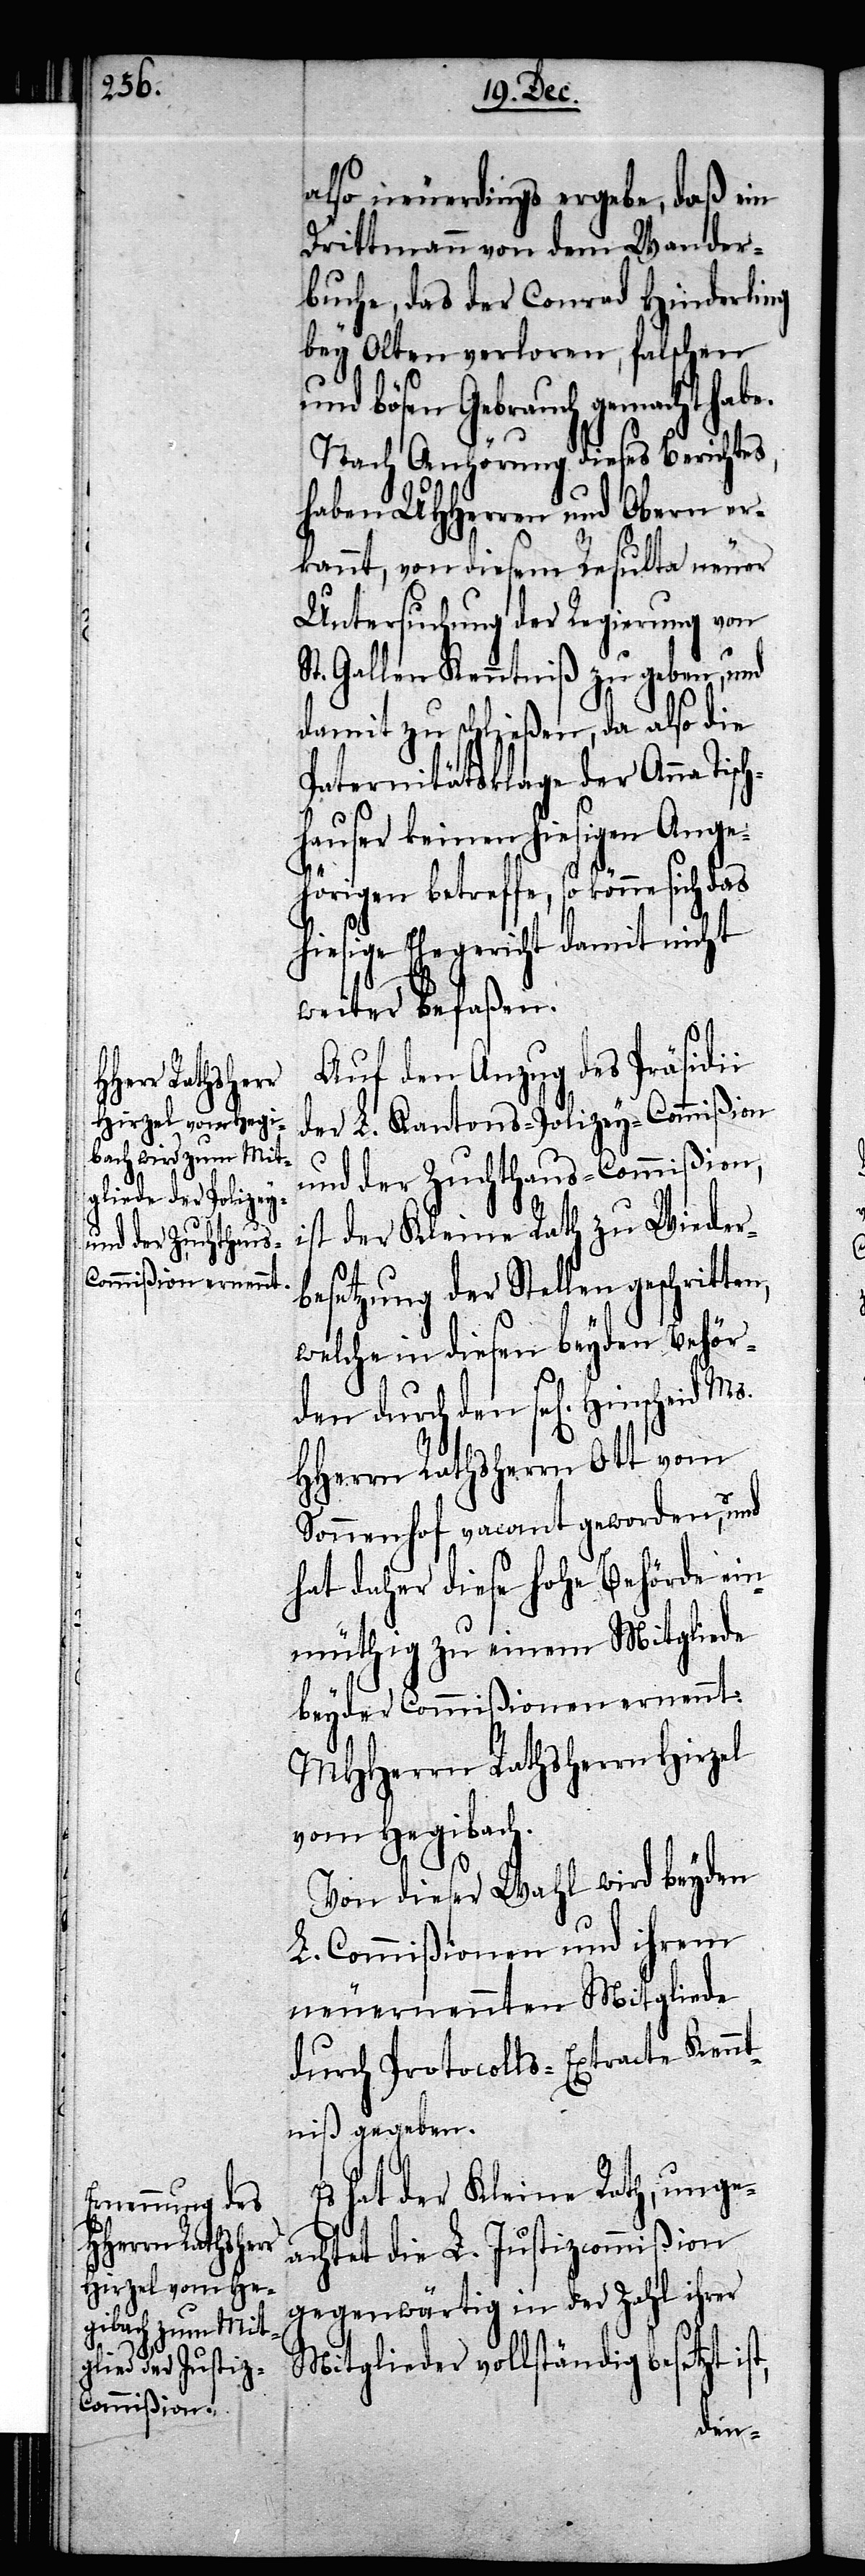
also neuerdings ergebe, daß ein
Drittmann von dem Wander¬
buche, das der Conrad Hinderling
bey Olten verloren, falschen
bösen Gebrauch gemacht hab¬
Nach Anhörung dieses Berichtes,
haben UHHerren und Obern er¬
kannt, von diesem Resulta neuer
Untersuchung der Regierung von
St. Gallen Kenntniß zu geben, und
damit zu schließen, da also die
Paternitätsklage der Anna Tis¬
hauser keinen hiesigen Ange¬
hörigen betreffe, so könne sich das
hiesige Ehegericht damit nicht
weiter befaßen.
Auf den Anzug des Präsidii
der L. Kantons-Polizey-Commißion
und der Zuchthaus-Commißion,
ist der Kleine Rath zu Wiederb¬
esetzung der Stellen geschrit¬
welche in diesen beyden Behör¬
den durch den sel[igen]
HHerrn Rathsherrn Ott vom
Sonnenhof vacant geworden, und
hat daher diese Hohe Behörde ein¬
müthig zu einem Mitgliede
beyder Commißionen ernennt:
MHHerrn Rathsherrn Hirzel
vom Hegibach.
Von dieser Wahl wird beyden
L. Commißionen und ihrem
neuernennten Mitgliede
durch Protocolls-Extracte Kennt¬
niß gegeben.
Es hat der Kleine Rath, unge¬
achtet die L. Justizcommißion
gegenwärtig in der Zahl ihrer
Mitglieder vollständig besetzt ist,
ten,